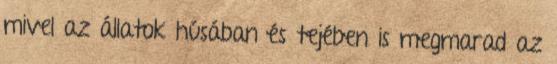
mivel az állatok húsában és tejében is megmarad az